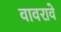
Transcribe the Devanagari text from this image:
वावरावे